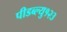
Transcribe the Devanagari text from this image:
पीडब्ल्यु१२३